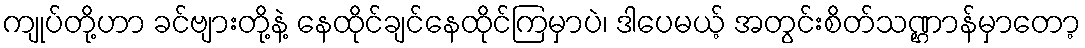
ကျုပ်တို့ဟာ ခင်ဗျားတို့နဲ့ နေထိုင်ချင်နေထိုင်ကြမှာပဲ၊ ဒါပေမယ့် အတွင်းစိတ်သဏ္ဌာန်မှာတော့